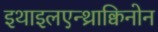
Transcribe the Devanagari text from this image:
इथाइलएन्थ्राक्विनोन